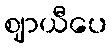
ဈာယီပေ